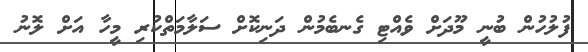
ފުލުހުން ބުނީ މޫދަށް ވެއްޓި ގެނބެމުން ދަނިކޮށް ސަލާމަތްކުރި މީހާ އަށް ލޮނު